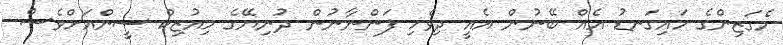
މެގަޒިންގެ މައިގަނޑު އެއް ބޭނުން އެއީ ދިވެހި ފަންނާނުން ދުނިޔޭގެ މިއުޒިކް ސީންއަށްވެސް